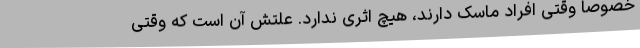
خصوصاً وقتی افراد ماسک دارند، هیچ اثری ندارد. علتش آن است که وقتی